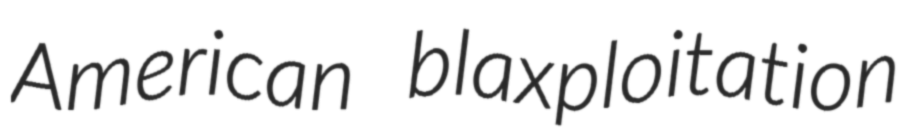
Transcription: American blaxploitation